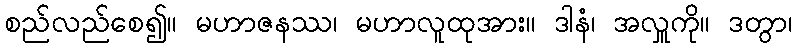
စည်လည်စေ၍။ မဟာဇနဿ၊ မဟာလူထုအား။ ဒါနံ၊ အလှူကို။ ဒတွာ၊